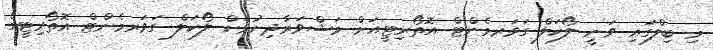
މި ބިލްގައި ވަނީ ލޯކަލް ގަވަރމެންޓް އޮތޯރިޓީއަށް މަޝްވަރާދިނުމަށް ލޯކަލް ގަވަރމެންޓް އޮތޯރިޓީގެ